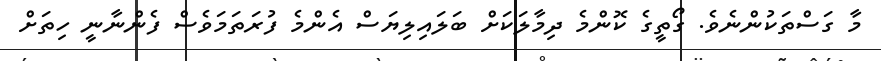
މާ ގަސްތަކުންނެވެ. ގޯތީގެ ކޮންމެ ދިމާލަކަށް ބަލައިލިޔަސް އެންމެ ފުރަތަމަވެސް ފެންނާނީ ހިތަށް